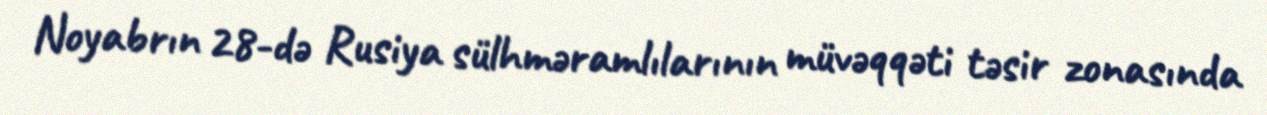
Noyabrın 28-də Rusiya sülhməramlılarının müvəqqəti təsir zonasında